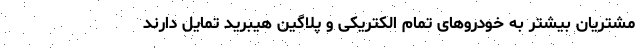
مشتریان بیشتر به خودروهای تمام الکتریکی و پلاگین هیبرید تمایل دارند